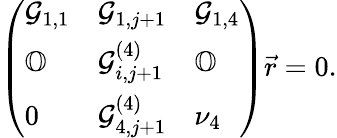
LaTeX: \left(\begin{array}{lll}{\mathcal{G}_{1,1}}&{\mathcal{G}_{1,j+1}}&{\mathcal{G}_{1,4}}\\ {\mathbb{O}}&{\mathcal{G}_{i,j+1}^{(4)}}&{\mathbb{O}}\\ {0}&{\mathcal{G}_{4,j+1}^{(4)}}&{\nu_{4}}\end{array}\right)\vec{r}=0.